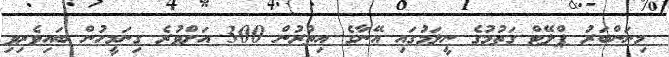
މިނަންބަރު ޕްލޭޓް ގަތުމުގެ ނީލަމުގައި އޭނާގެ އިތުރުން 300 އަށްވުރެ ގިނަމީހުން ބައިވެރިވި